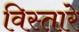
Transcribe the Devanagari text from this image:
विस्तारे